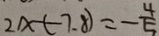
2 x - ( - 7 . 8 ) = - \frac { 4 } { 5 }